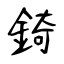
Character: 錡